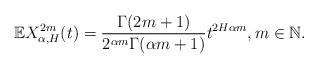
LaTeX: \begin{align*}\mathbb{E}X^{2m}_{\alpha, H}(t)= \frac{\Gamma(2m+1)}{2^{\alpha m}\Gamma(\alpha m+1)}t^{2H\alpha m}, m \in \mathbb{N}.\end{align*}